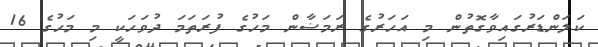
ކަލަންޑަރުގައިވާގޮތުން މި އަހަރުގެ ރަމަޟާން މަހުގެ ފުރަތަމަ ދުވަހަކީ މި މަހުގެ 16